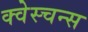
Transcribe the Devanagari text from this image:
क्वेस्चन्स